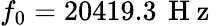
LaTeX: f_{0}=20419.3\, \mathrm{~H~z~}